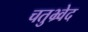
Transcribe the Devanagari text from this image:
चतुभ्र्वेद